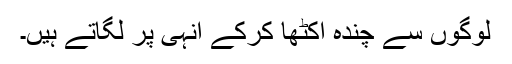
لوگوں سے چندہ اکٹھا کرکے انہی پر لگاتے ہیں۔